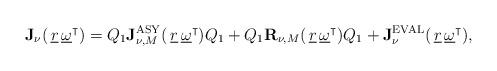
LaTeX: \begin{align*} \mathbf{J}_\nu(\, \underline{r}\,\underline{\omega}^\intercal ) = Q_1\mathbf{J}_{\nu,M}^{\rm ASY}(\, \underline{r}\,\underline{\omega}^\intercal )Q_1 + Q_1\mathbf{R}_{\nu,M}(\, \underline{r}\,\underline{\omega}^\intercal )Q_1 + \mathbf{J}_\nu^{\rm EVAL}(\, \underline{r}\,\underline{\omega}^\intercal ),\end{align*}